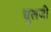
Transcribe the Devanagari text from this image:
धूलजी